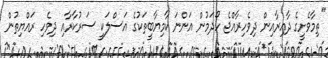
"ތިމާވެށީގެ ދާއިރާއިން ދިވެހިރާއްޖެ ހޯދަމުން އަންނަ ކާމިޔާބީތަކުގެ އަސްލަކީ ސަރުކާރާއި ދިވެހި ރައްޔިތުން